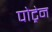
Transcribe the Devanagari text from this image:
पोट्रेन